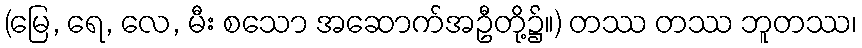
(မြေ, ရေ, လေ, မီး စသော အဆောက်အဦတို့၌။) တဿ တဿ ဘူတဿ၊